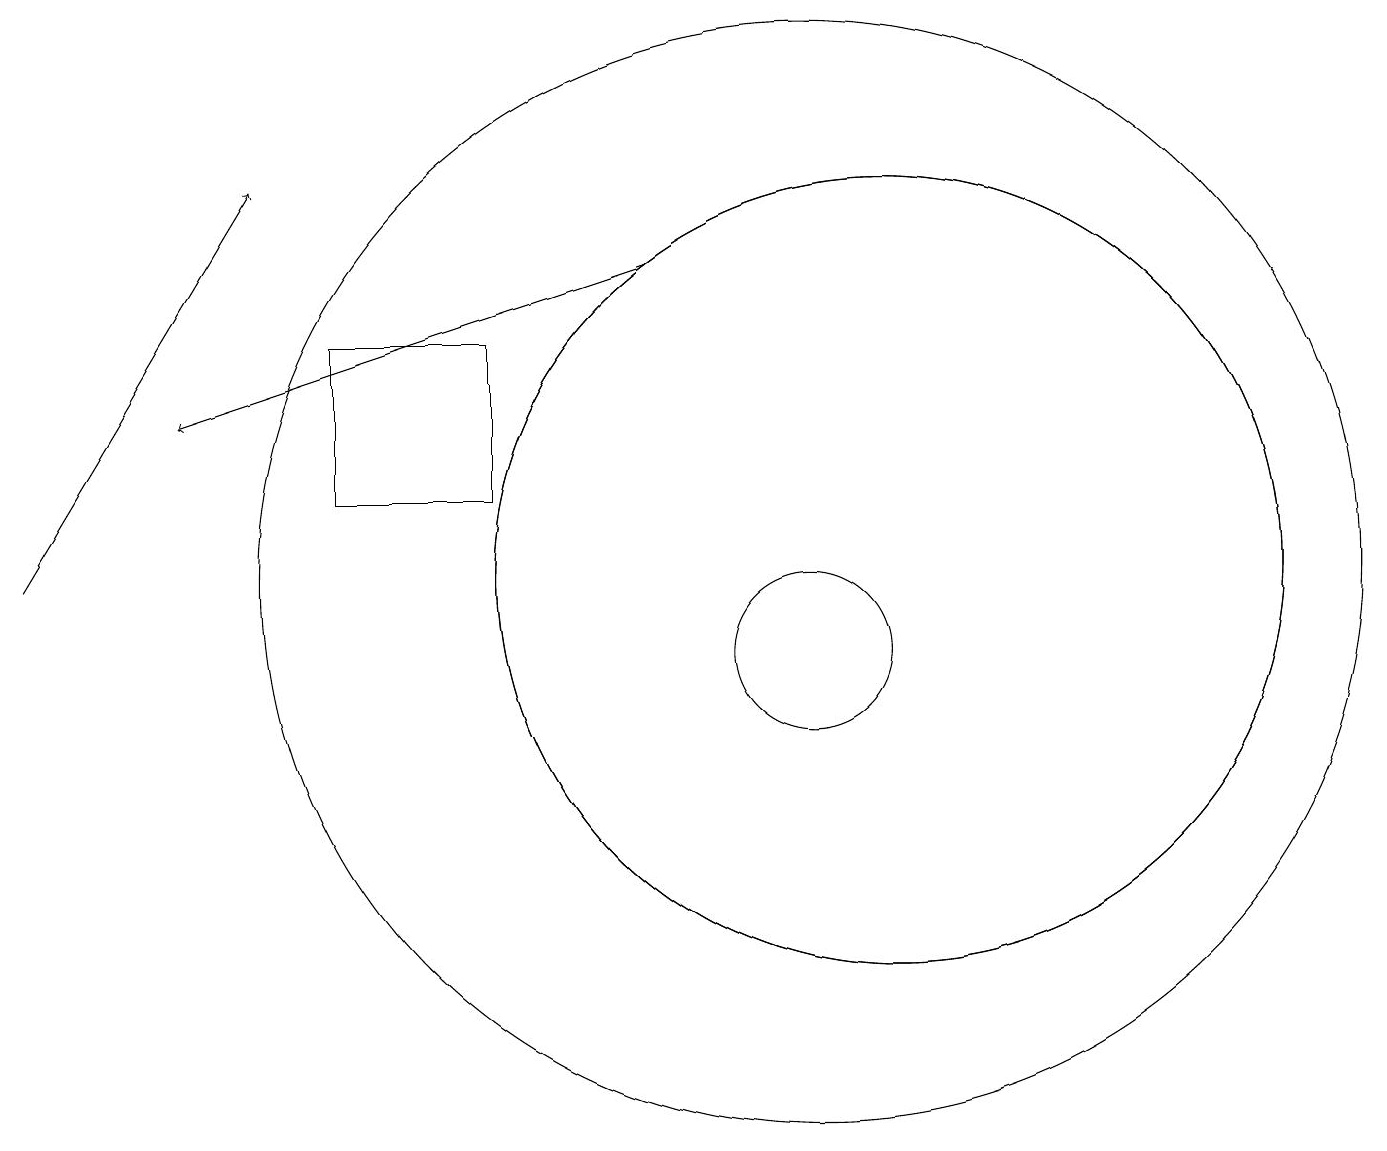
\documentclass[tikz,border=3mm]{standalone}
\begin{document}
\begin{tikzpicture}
\draw[->] (0,11) -- (3,16);
\draw (10,11) circle (7);
\draw (11,11) circle (5);
\draw (10,10) circle (1);
\draw (4,12) rectangle (6,14);
\draw[->] (8,15) -- (2,13);
\draw (11,11) circle (5);
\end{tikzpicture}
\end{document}